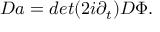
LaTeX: D a = d e t ( 2 i \partial _ { t } ) D \Phi .